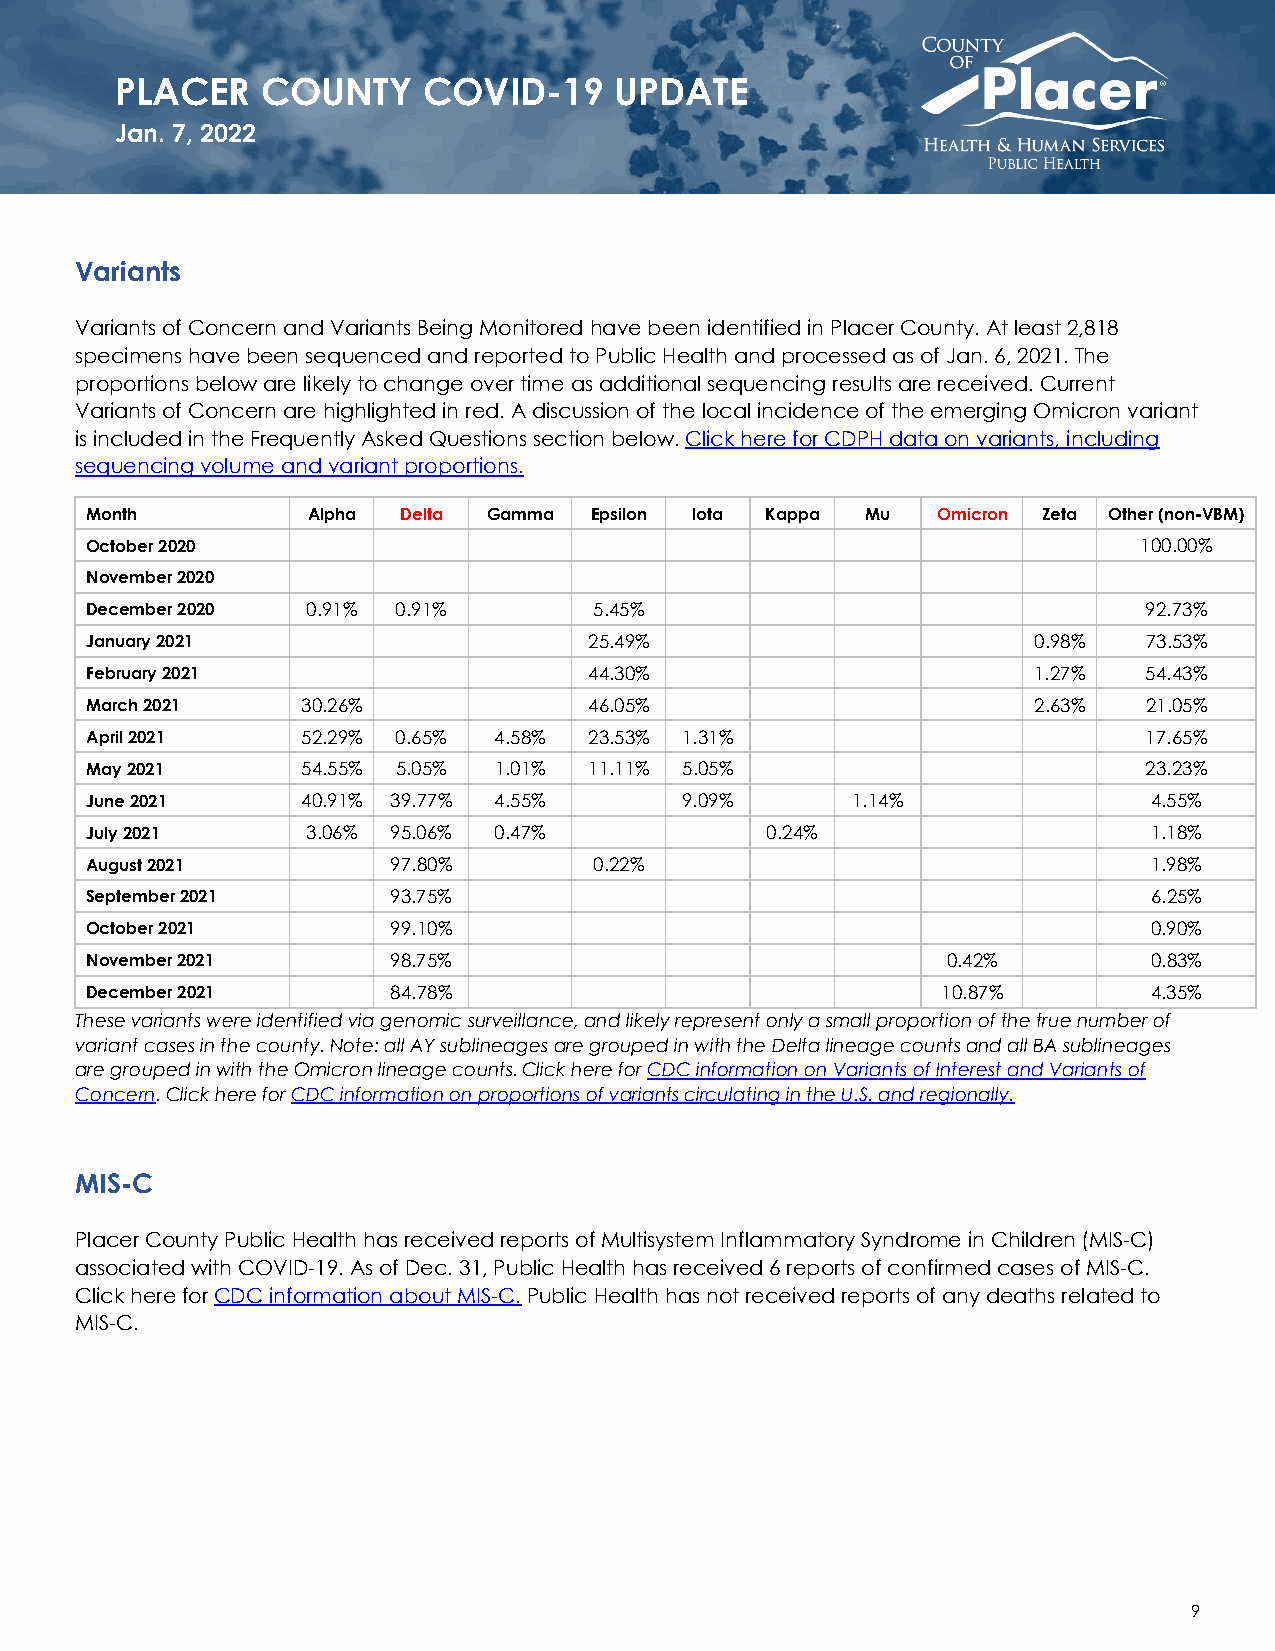
PLACER   COUNTY     COVID-19     UPDATE
 Jan. 7, 2022
 Variants
 Variants of Concern and Variants Being Monitored have been identified in Placer County. At least 2,818
 specimens have been sequenced and reported to Public Health and processed as of Jan. 6, 2021. The
 proportions below are likely to change over time as additional sequencing results are received. Current
 Variants of Concern are highlighted in red. A discussion of the local incidence of the emerging Omicron variant
 is included in the Frequently Asked Questions section below. Click here for CDPH data on variants, including
 sequencing volume and variant proportions.
 Month         Alpha Delta Gamma  Epsilon Iota Kappa Mu  Omicron Zeta Other (non-VBM)
 October 2020                                                         100.00%
 November 2020
 December 2020 0.91% 0.91%        5.45%                                92.73%
 January 2021                     25.49%                       0.98%   73.53%
 February 2021                    44.30%                       1.27%   54.43%
 March 2021    30.26%             46.05%                       2.63%   21.05%
 April 2021    52.29% 0.65% 4.58% 23.53% 1.31%                         17.65%
 May 2021      54.55% 5.05% 1.01% 11.11% 5.05%                         23.23%
 June 2021     40.91% 39.77% 4.55%      9.09%      1.14%               4.55%
 July 2021     3.06% 95.06% 0.47%             0.24%                    1.18%
 August 2021         97.80%       0.22%                                1.98%
 September 2021      93.75%                                            6.25%
 October 2021        99.10%                                            0.90%
 November 2021       98.75%                               0.42%        0.83%
 December 2021       84.78%                              10.87%        4.35%
 These variants were identified via genomic surveillance, and likely represent only a small proportion of the true number of
 variant cases in the county. Note: all AY sublineages are grouped in with the Delta lineage counts and all BA sublineages
 are grouped in with the Omicron lineage counts. Click here for CDC information on Variants of Interest and Variants of
 Concern. Click here for CDC information on proportions of variants circulating in the U.S. and regionally.
 MIS-C
 Placer County Public Health has received reports of Multisystem Inflammatory Syndrome in Children (MIS-C)
 associated with COVID-19. As of Dec. 31, Public Health has received 6 reports of confirmed cases of MIS-C.
 Click here for CDC information about MIS-C. Public Health has not received reports of any deaths related to
 MIS-C.
 9